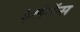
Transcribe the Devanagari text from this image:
इलेगॅन्स